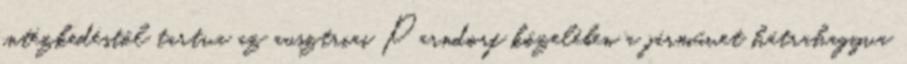
intézkedéstől tartva az ausztriai Parndorf közelében a járművet hátrahagyva